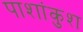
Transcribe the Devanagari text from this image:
पाशांकुश